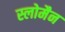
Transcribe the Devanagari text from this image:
स्लोमैन